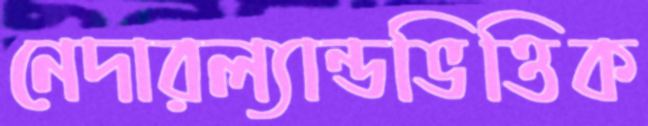
নেদারল্যান্ডভিত্তিক